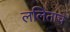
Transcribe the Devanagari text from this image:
ललिताचे